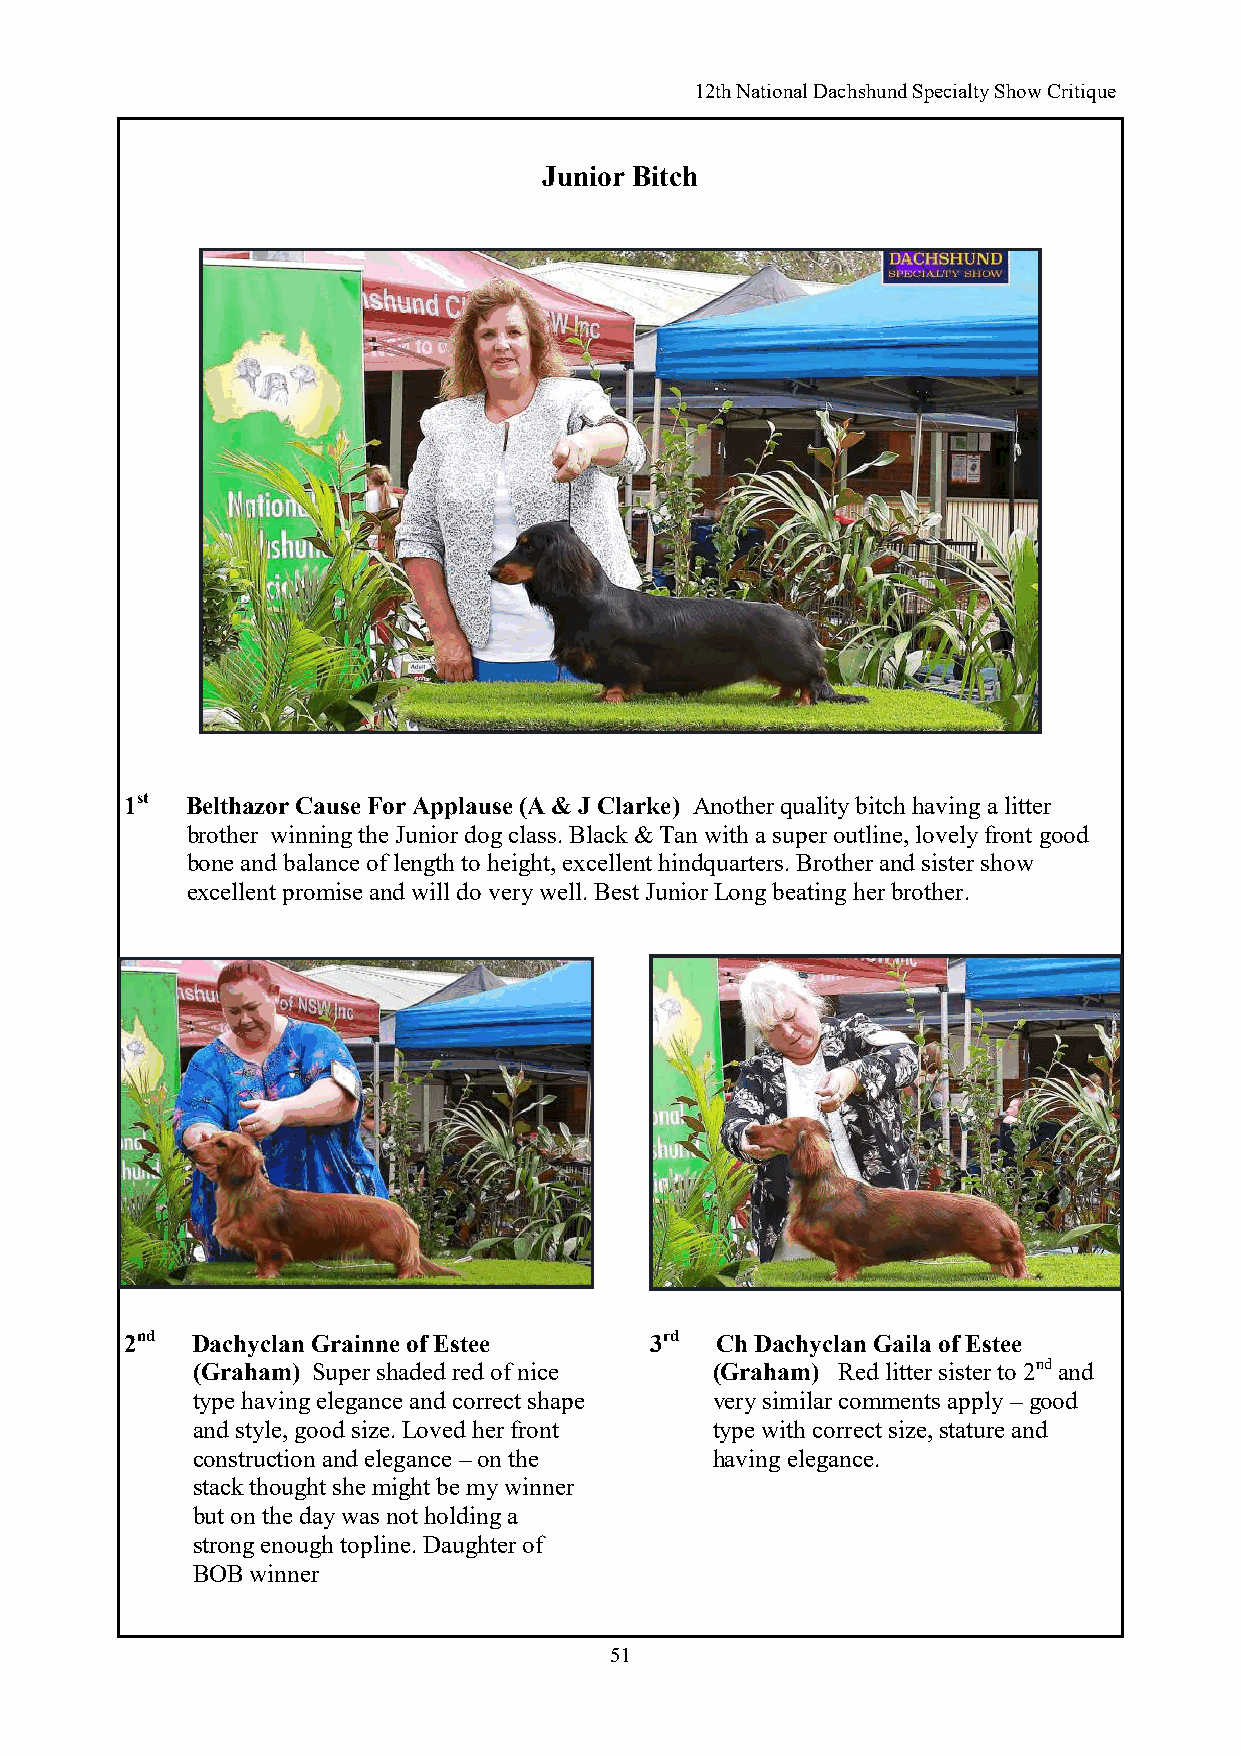
12th National Dachshund Specialty Show Critique
 Junior Bitch
 1st Belthazor Cause For Applause (A & J Clarke) Another quality bitch having a litter
 brother winning the Junior dog class. Black & Tan with a super outline, lovely front good
 bone and balance of length to height, excellent hindquarters. Brother and sister show
 excellent promise and will do very well. Best Junior Long beating her brother.
 2nd  Dachyclan Grainne of Estee    3rd Ch Dachyclan Gaila of Estee
 (Graham) Super shaded red of nice (Graham) Red litter sister to 2nd and
 type having elegance and correct shape very similar comments apply – good
 and style, good size. Loved her front type with correct size, stature and
 construction and elegance – on the having elegance.
 stack thought she might be my winner
 but on the day was not holding a
 strong enough topline. Daughter of
 BOB winner
 51